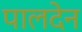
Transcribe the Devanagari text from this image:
पालदेन